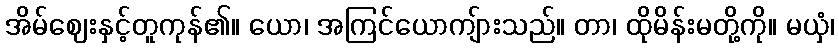
အိမ်ဈေးနှင့်တူကုန်၏။ ယော၊ အကြင်ယောကျ်ားသည်။ တာ၊ ထိုမိန်းမတို့ကို။ မယှံ၊